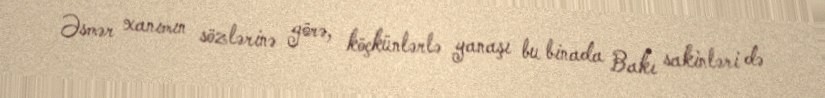
Əsmər xanımın sözlərinə görə, köçkünlərlə yanaşı bu binada Bakı sakinləri də